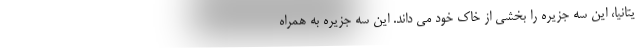
یتانیا، این سه جزیره را بخشی از خاک خود می داند. این سه جزیره به همراه